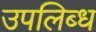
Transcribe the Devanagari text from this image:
उपलिब्ध